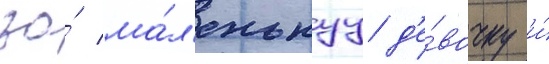
за́ ма́л'енькуу д'е́вочку и́